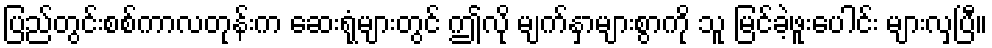
ပြည်တွင်းစစ်ကာလတုန်းက ဆေးရုံများတွင် ဤလို မျက်နှာများစွာကို သူ မြင်ခဲ့ဖူးပေါင်း များလှပြီ။